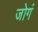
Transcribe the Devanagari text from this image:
जोगं